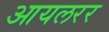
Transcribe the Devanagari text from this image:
आयलरर